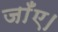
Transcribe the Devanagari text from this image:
जाँए।